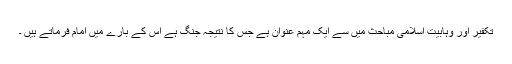
تکفیر اور وہابیت اسلامی مباحث میں سے ایک مہم عنوان ہے جس کا نتیجہ جنگ ہے اس کے بارے میں امام فرماتے ہیں ۔